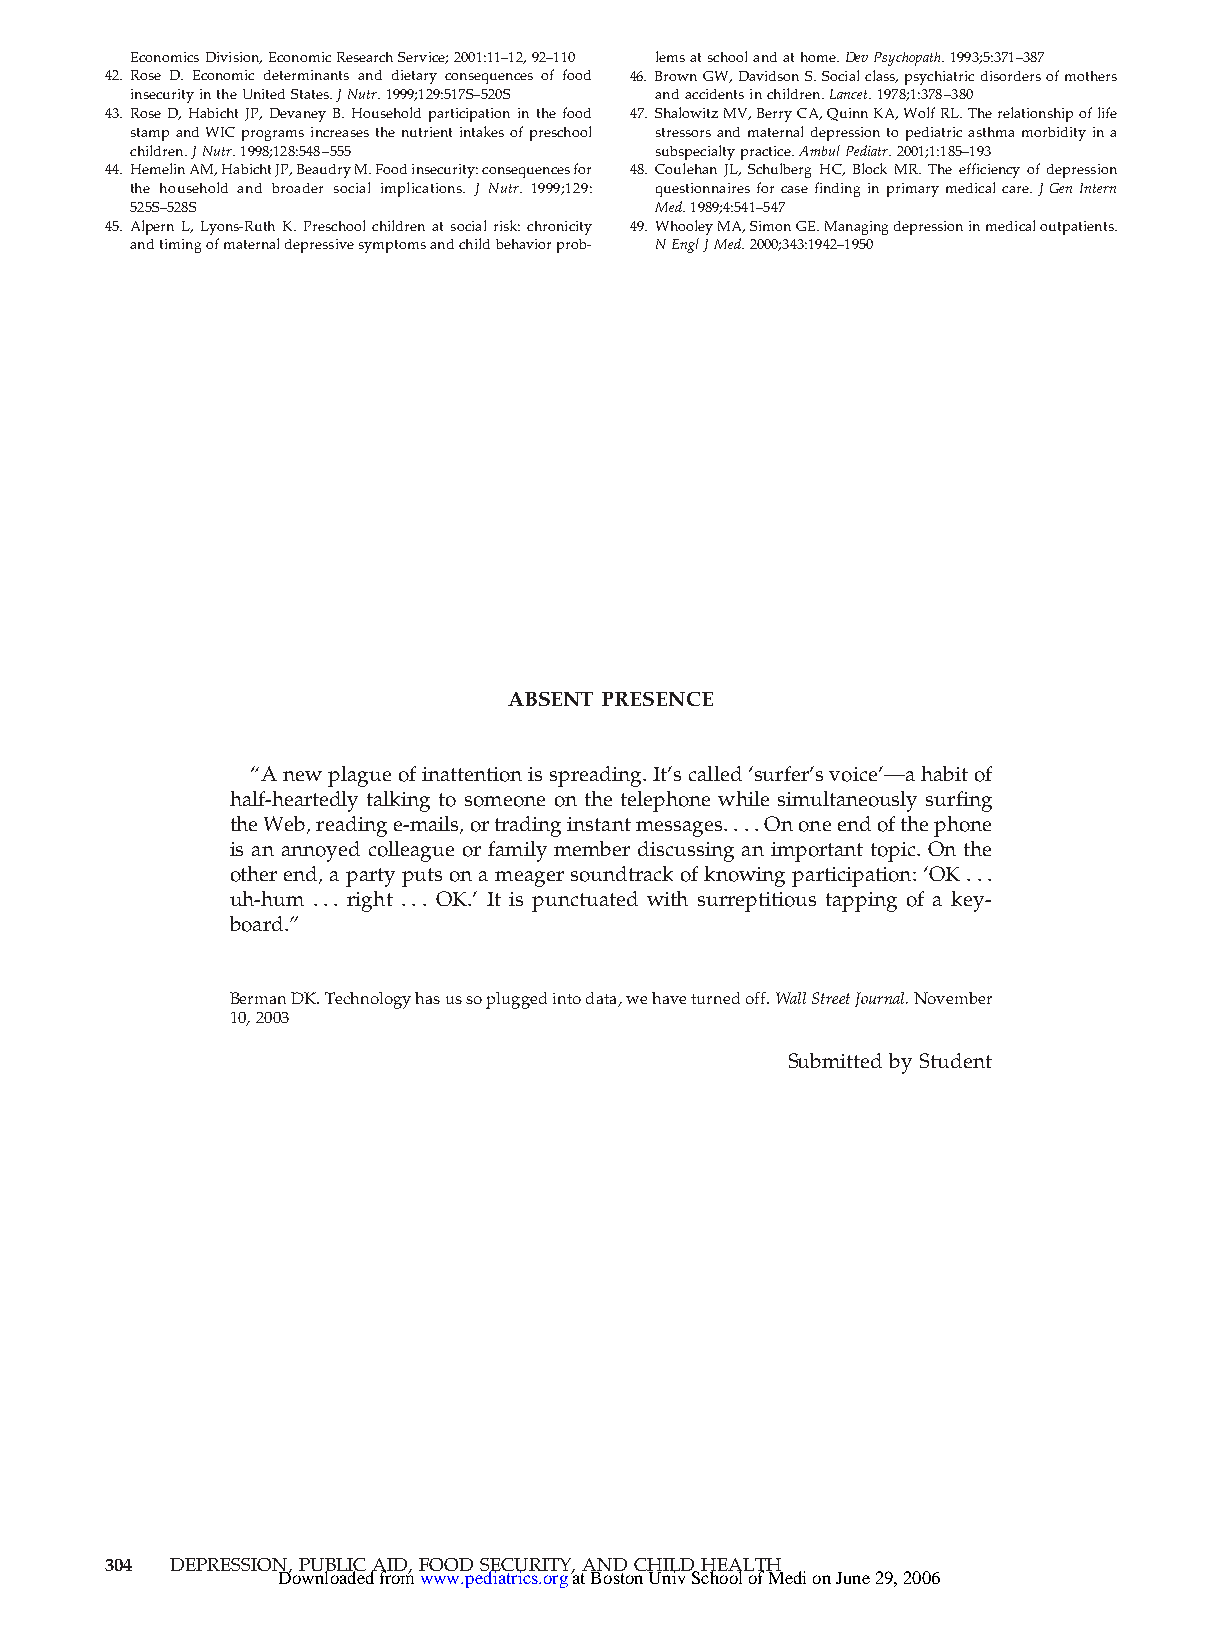
EconomicsDivision,EconomicResearchService;2001:11–12,92–110 lemsatschoolandathome.DevPsychopath.1993;5:371–387
 42. Rose D. Economic determinants and dietary consequences of food 46. BrownGW,DavidsonS.Socialclass,psychiatricdisordersofmothers
 insecurityintheUnitedStates.JNutr.1999;129:517S–520S andaccidentsinchildren.Lancet.1978;1:378–380
 43. RoseD,HabichtJP,DevaneyB.Householdparticipationinthefood 47. ShalowitzMV,BerryCA,QuinnKA,WolfRL.Therelationshipoflife
 stampandWICprogramsincreasesthenutrientintakesofpreschool stressorsandmaternaldepressiontopediatricasthmamorbidityina
 children.JNutr.1998;128:548–555    subspecialtypractice.AmbulPediatr.2001;1:185–193
 44. HemelinAM,HabichtJP,BeaudryM.Foodinsecurity:consequencesfor 48. Coulehan JL, Schulberg HC, Block MR. The efficiency of depression
 the household and broader social implications. J Nutr. 1999;129: questionnairesforcasefindinginprimarymedicalcare.JGenIntern
 525S–528S                          Med.1989;4:541–547
 45. AlpernL,Lyons-RuthK.Preschoolchildrenatsocialrisk:chronicity 49. WhooleyMA,SimonGE.Managingdepressioninmedicaloutpatients.
 andtimingofmaternaldepressivesymptomsandchildbehaviorprob- NEnglJMed.2000;343:1942–1950
 ABSENT PRESENCE
 “Anewplagueofinattentionisspreading.It’scalled‘surfer’svoice’—ahabitof
 half-heartedly talking to someone on the telephone while simultaneously surfing
 theWeb,readinge-mails,ortradinginstantmessages....Ononeendofthephone
 is an annoyed colleague or family member discussing an important topic. On the
 otherend,apartyputsonameagersoundtrackofknowingparticipation:‘OK...
 uh-hum ... right ... OK.’ It is punctuated with surreptitious tapping of a key-
 board.”
 BermanDK.Technologyhasussopluggedintodata,wehaveturnedoff.WallStreetJournal.November
 10,2003
 Submitted by Student
 304  DEPRESSION,PUBLICAID,FOODSECURITY,ANDCHILDHEALTH
 Downloaded from www.pediatrics.org at Boston Univ School of Medi on June 29, 2006